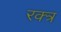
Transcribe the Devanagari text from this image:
रक्त्र